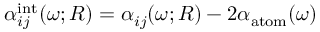
\alpha _ { i j } ^ { \mathrm { i n t } } ( \omega ; R ) = \alpha _ { i j } ( \omega ; R ) - 2 \alpha _ { \mathrm { a t o m } } ( \omega )